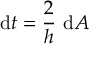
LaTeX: \mathrm { d } t = { \frac { 2 } { h } } \ \mathrm { d } A